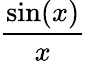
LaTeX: \frac{\sin(x)}{x}